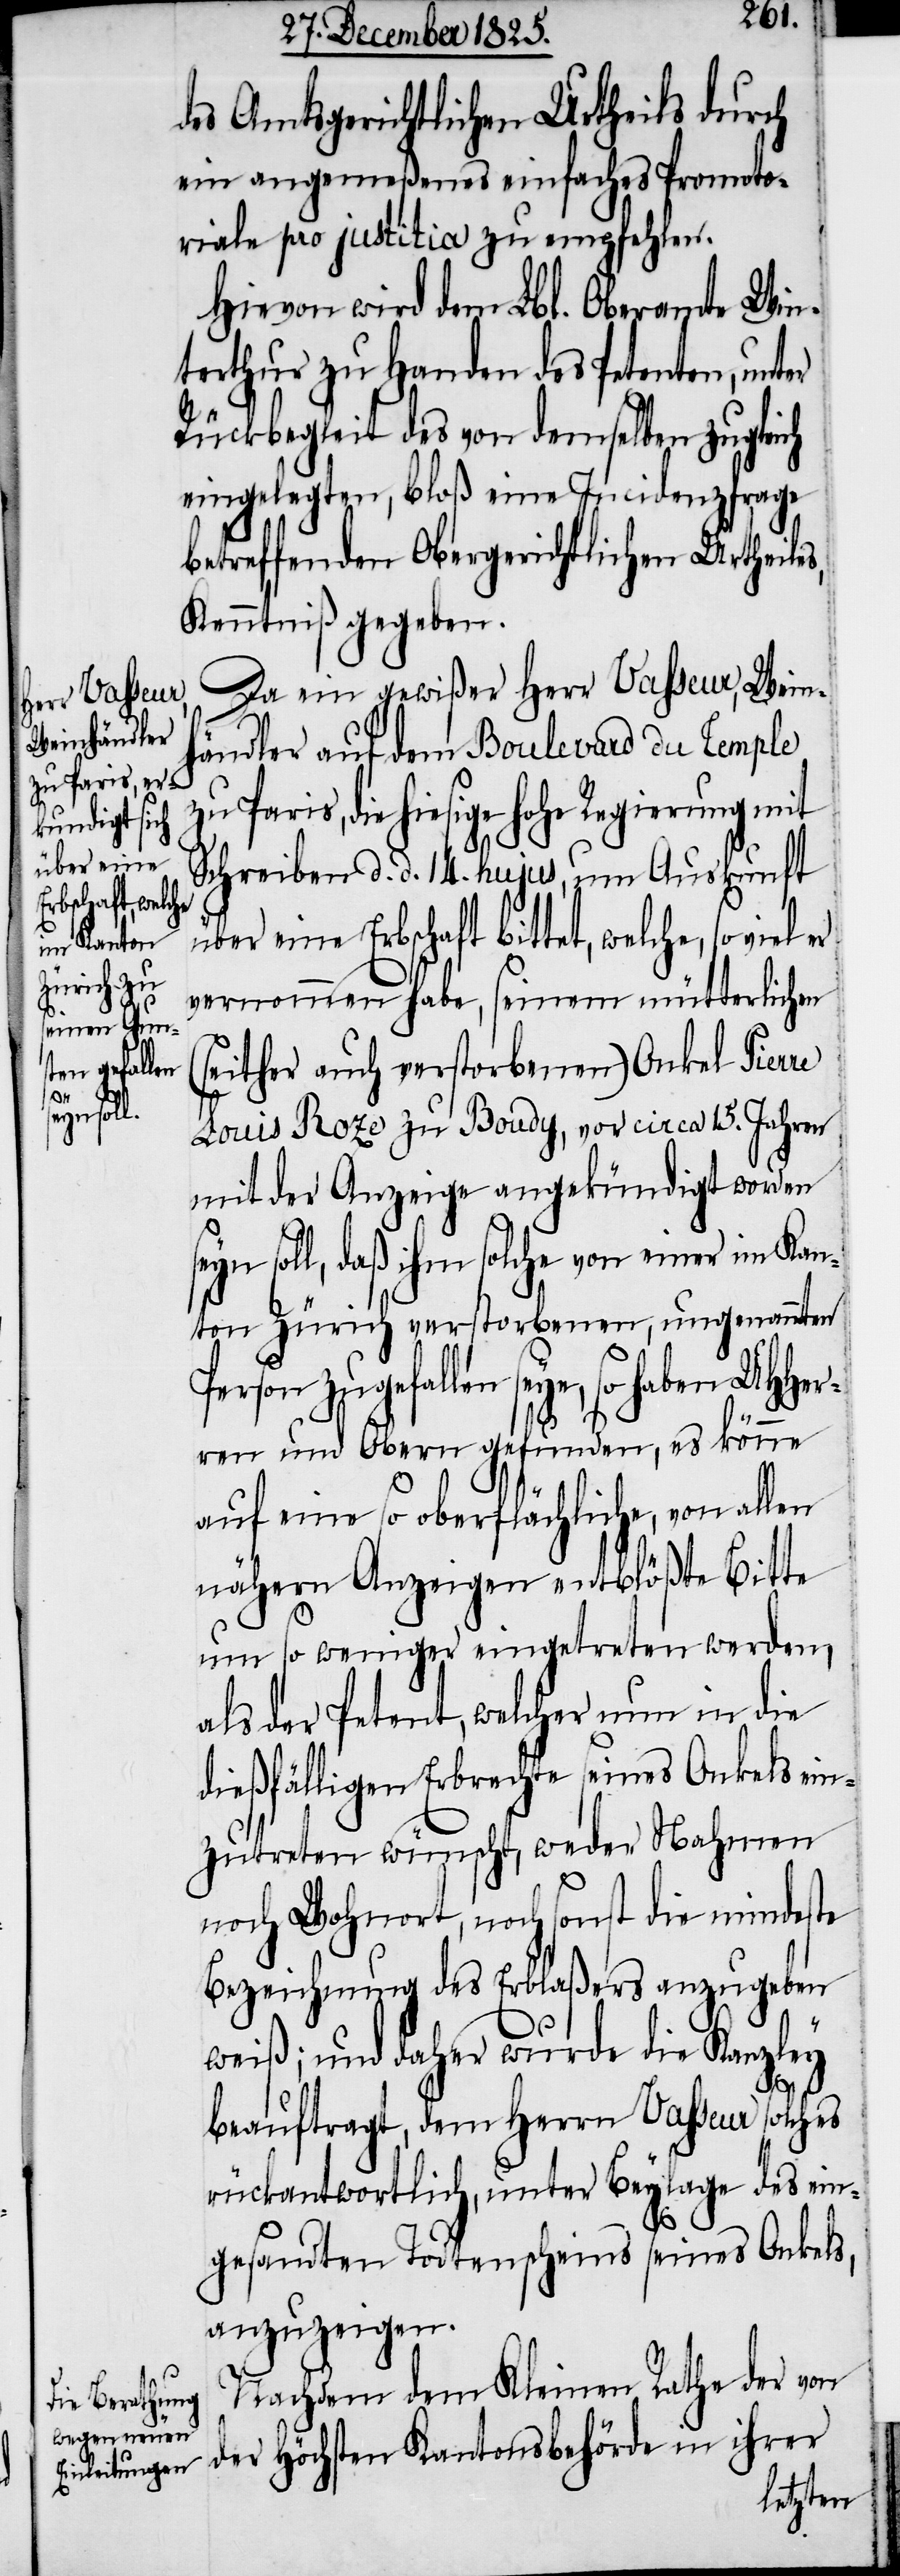
zu Paris, d¬
über ein¬

des Amtsgerichtlichen Urtheils durch
ein angemeßenes einfaches Promoto¬
riale pro justitia zu empfehlen.
Hievon wird dem Lbl. Oberamte Win¬
terthur zu Handen des Petenten, unter
Rückbegleit des von demselben zugleich
eingelegten, bloß eine Incidenzfrage
betreffenden Obergerichtlichen Urtheile¬
Kenntniß gegeben.
Da ein gewißer Herr Vasseur, Wein¬
händler auf dem Boulevard du Temple
ie hiesige hohe Regierung mit
Schreiben d. d. 14. hujus, um Auskunft
e Erbschaft bittet, welche, so viel
vernommen habe, seinem mütterlichen
either auch verstorbenen) Onkel Pier¬
Louis Roze zu Boudy, vor circa 15. Jahren
mit der Anzeige angekündigt worden
eyn soll, daß ihm solche von einer im Kan¬
ton Zürich verstorbenen, ungenannten
Person zugefallen seye, so haben UHHer¬
ren und Obern gefunden, es könne
auf eine so oberflächliche, von allen
nähern Anzeigen entblößte Bitte
um so weniger eingetreten werden,
als der Petent, welcher nun in die
dießfälligen Erbrechte seines Onkels ein¬
zutreten wünscht, weder Nahmen
noch Wohnort, noch sonst die mindeste
Bezeichnung des Erblaßers anzugeben
weiß; und daher wurde die Kanzley
s¬
beauftragt, dem Herrn Vasseur solches
rückantwortlich, unter Beylage des ein¬
re
gesandten Todtenscheins seines Onkels,
anzuzeigen.
Nachdem dem Kleinen Rathe der von
der höchsten Kantonsbehörde in ihrer